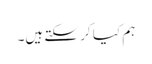
ہم کیا کر سکتے ہیں۔